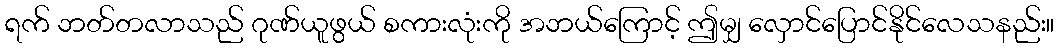
ရက် ဘတ်တလာသည် ဂုဏ်ယူဖွယ် စကားလုံးကို အဘယ်ကြောင့် ဤမျှ လှောင်ပြောင်နိုင်လေသနည်း။